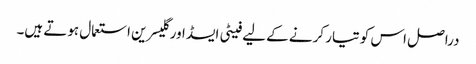
دراصل اس کو تیار کرنے کے لیے فیٹی ایسڈ اور گلیسرین استعمال ہوتے ہیں۔